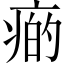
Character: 𤷭